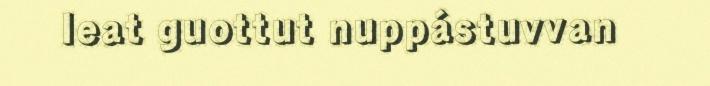
leat guottut nuppástuvvan